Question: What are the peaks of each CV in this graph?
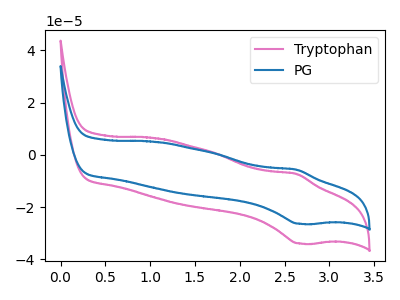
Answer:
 <answer>The pink curve "Tryptophan" has an anodic peak at (2.65V, -7.30uA) and a cathodic peak at (2.70V, -34.00uA). The blue curve "PG" has an anodic peak at (2.65V, -5.70uA) and a cathodic peak at (2.70V, -26.45uA).</answer>
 <eval></eval>